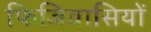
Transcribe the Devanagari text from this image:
फिजिवासियों